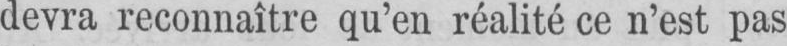
devra reconnaître qu’en réalité ce n’est pas